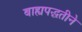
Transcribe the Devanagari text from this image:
बाह्यपद्धतीने